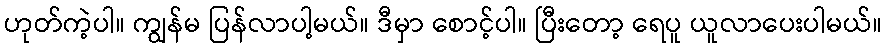
ဟုတ်ကဲ့ပါ။ ကျွန်မ ပြန်လာပါ့မယ်။ ဒီမှာ စောင့်ပါ။ ပြီးတော့ ရေပူ ယူလာပေးပါမယ်။